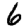
Digit: 6